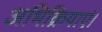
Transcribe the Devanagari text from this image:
अभिक्रियाएं।